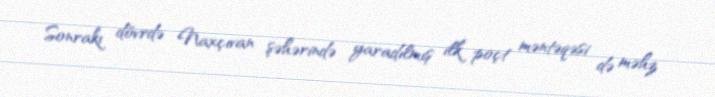
Sonrakı dövrdə Naxçıvan şəhərində yaradılmış ilk poçt məntəqəsi də məhz